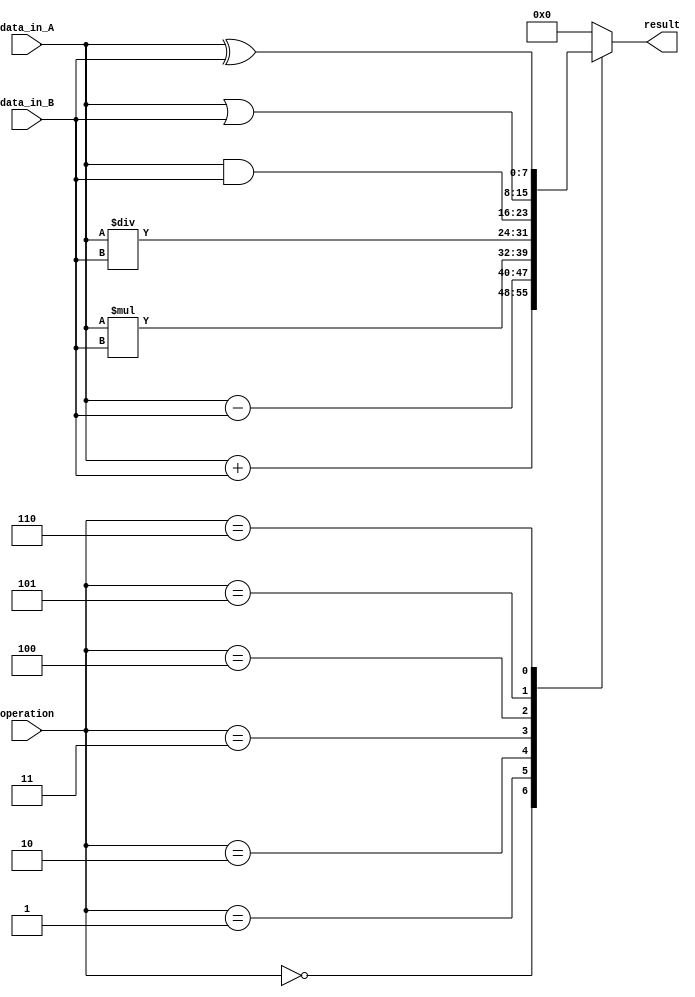
module ALU (
    input wire [7:0] data_in_A,
    input wire [7:0] data_in_B,
    input wire [2:0] operation,
    output reg [7:0] result
);

always @(*) begin
    case(operation)
        3'b000: result = data_in_A + data_in_B; // Addition
        3'b001: result = data_in_A - data_in_B; // Subtraction
        3'b010: result = data_in_A * data_in_B; // Multiplication
        3'b011: result = data_in_A / data_in_B; // Division
        3'b100: result = data_in_A & data_in_B; // Bitwise AND
        3'b101: result = data_in_A | data_in_B; // Bitwise OR
        3'b110: result = data_in_A ^ data_in_B; // Bitwise XOR
        default: result = 8'h00; // Default to 0 if unknown operation
    endcase
end

endmodule